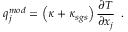
{ q } _ { j } ^ { m o d } = \left( \kappa + { \kappa } _ { s g s } \right) \frac { \partial T } { \partial x _ { j } } \, \mathrm { ~ . ~ }